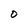
Character: O